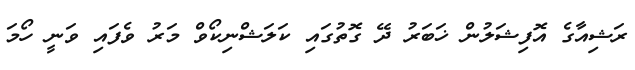
ރަޝިއާގެ އޮފިޝަލުން ޚަބަރު ދޭ ގޮތުގައި ކަލަޝްނިކޯވް މަރު ވެފައި ވަނީ ހޯމަ